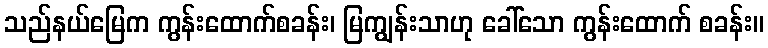
သည်နယ်မြေက ကွန်းထောက်စခန်း၊ မြကျွန်းသာဟု ခေါ်သော ကွန်းထောက် စခန်း။